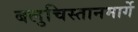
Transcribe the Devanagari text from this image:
बलुचिस्तानमार्गे